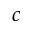
c